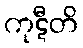
ကုဋီတိ